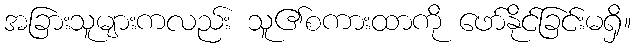
အခြားသူများကလည်း သူ၏စကားထာကို ဖော်နိုင်ခြင်းမရှိ။